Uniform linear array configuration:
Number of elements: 64
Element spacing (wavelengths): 0.75
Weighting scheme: cosine
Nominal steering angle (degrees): -30
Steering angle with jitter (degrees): -28.365
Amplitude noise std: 0.05
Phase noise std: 0.05

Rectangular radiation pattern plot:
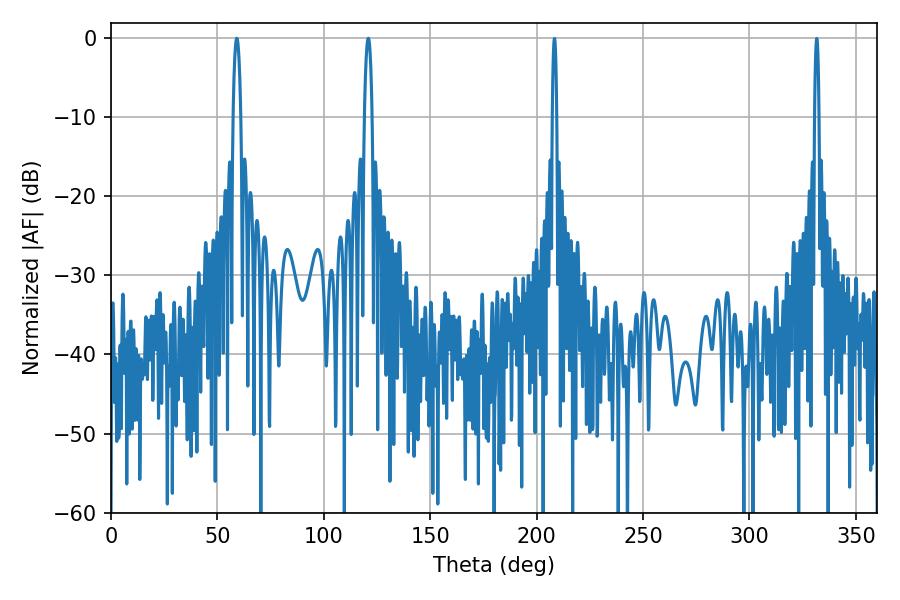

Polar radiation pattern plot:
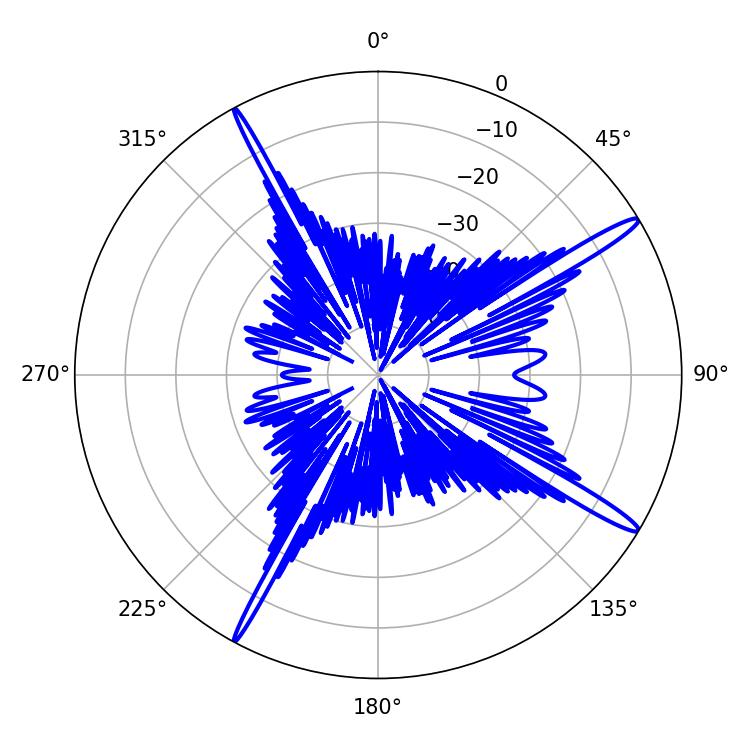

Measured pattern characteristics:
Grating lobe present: TRUE
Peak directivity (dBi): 16.226
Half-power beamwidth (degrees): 1.98
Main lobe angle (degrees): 59.04